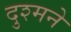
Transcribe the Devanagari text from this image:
दुश्मने